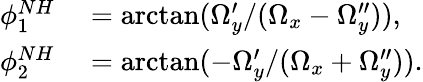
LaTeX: \begin{array}{rl}{\phi_{1}^{NH}}&{{}=\arctan(\Omega_{y}^{\prime}/(\Omega_{x}-\Omega_{y}^{\prime\prime})),}\\ {\phi_{2}^{NH}}&{{}=\arctan(-\Omega_{y}^{\prime}/(\Omega_{x}+\Omega_{y}^{\prime\prime})).}\end{array}